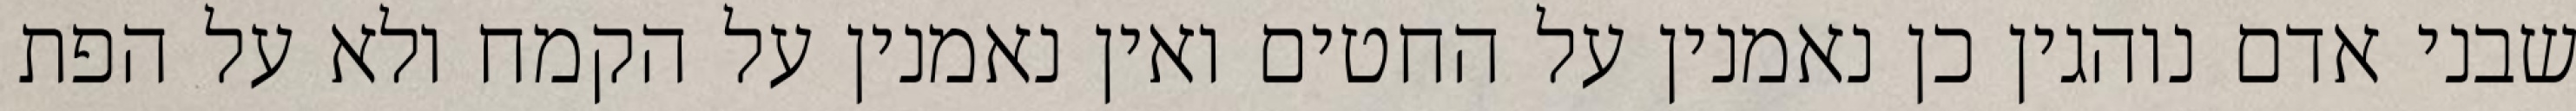
שבני אדם נוהגין כן נאמנין על החטים ואין נאמנין על הקמח ולא על הפת